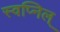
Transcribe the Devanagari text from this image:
स्वप्निल्